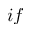
i f